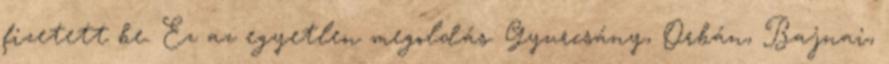
fizetett be. Ez az egyetlen megoldás. Gyurcsány, Orbán, Bajnai,